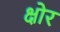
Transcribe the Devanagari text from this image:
क्षोर